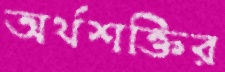
অর্থশক্তির